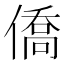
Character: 僑